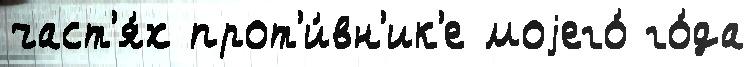
част'я́х прот'и́вн'ик'е моjего́ го́да